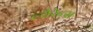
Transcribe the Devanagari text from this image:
ल्वैरेन्स